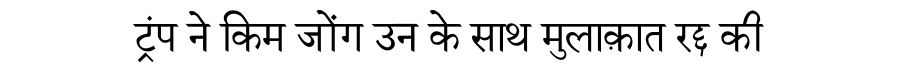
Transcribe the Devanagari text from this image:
ट्रंप ने किम जोंग उन के साथ मुलाक़ात रद्द की